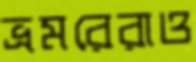
ভ্রমরেরাও